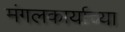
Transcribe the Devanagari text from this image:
मंगलकार्याच्या